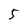
Character: 5